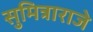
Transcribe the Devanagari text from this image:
सुमित्राराजे